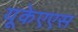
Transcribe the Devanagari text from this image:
यूकेएएस